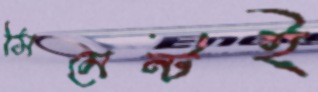
সিমেন্টই